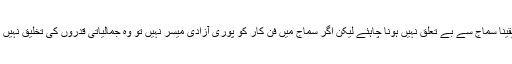
ادب کو یقینا سماج سے بے تعلق نہیں ہونا چاہئے لیکن اگر سماج میں فن کار کو پوری آزادی میسر نہیں تو وہ جمالیاتی قدروں کی تخلیق نہیں کر سکتا۔